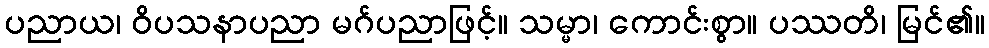
ပညာယ၊ ဝိပသနာပညာ မဂ်ပညာဖြင့်။ သမ္မာ၊ ကောင်းစွာ။ ပဿတိ၊ မြင်၏။